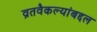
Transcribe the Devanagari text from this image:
व्रतवैकल्यांबद्दल